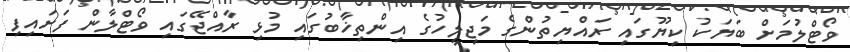
ވޯޓްލުމަށް ބަޔަކު ކިޔޫގައި ރައްޔިތުންގެ މަޖިލީހުގެ އިންތިޚާބުގައި މުޅި ރާއްޖޭގައި ވޯޓްލާން ފަށައިފި